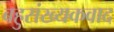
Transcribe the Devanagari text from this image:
बहुसंख्यकवाद